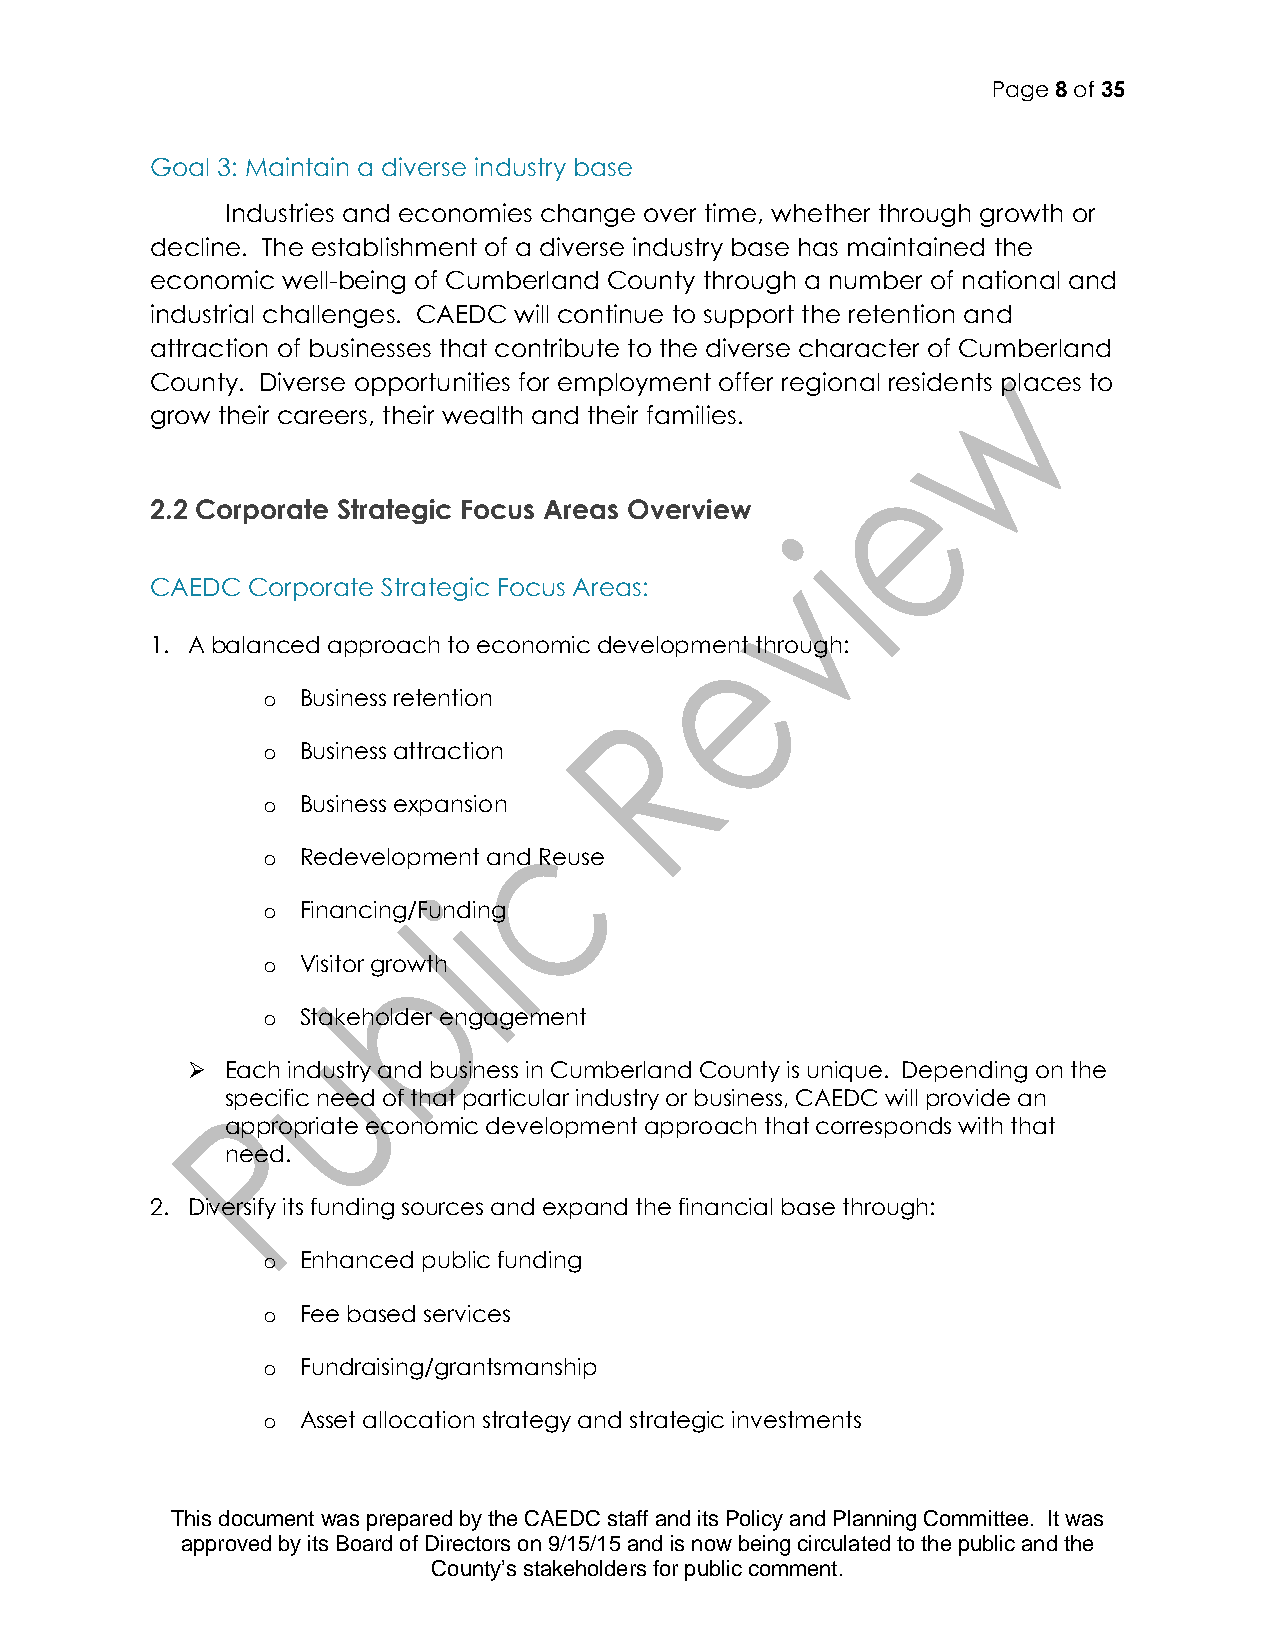
Page 8 of 35
 Goal 3: Maintain a diverse industry base
 Industries and economies change over time, whether through growth or
 decline. The establishment of a diverse industry base has maintained the
 economic well-being of Cumberland County through a number of national and
 industrial challenges. CAEDC will continue to support the retention and
 attraction of businesses that contribute to the diverse character of Cumberland
 County. Diverse opportunities for employment offer regional residents places to
 grow their careers, their wealth and their families.
 2.2 Corporate Strategic Focus Areas Overview
 CAEDC Corporate Strategic Focus Areas:
 1. A balanced approach to economic development through:
 o  Business retention
 o  Business attraction
 o  Business expansion
 o  Redevelopment and Reuse
 o  Financing/Funding
 o  Visitor growth
 o  Stakeholder engagement
   Each industry and business in Cumberland County is unique. Depending on the
 specific need of that particular industry or business, CAEDC will provide an
 appropriate economic development approach that corresponds with that
 need.
 2. Diversify its funding sources and expand the financial base through:
 o  Enhanced public funding
 o  Fee based services
 o  Fundraising/grantsmanship
 o  Asset allocation strategy and strategic investments
 This document was prepared by the CAEDC staff and its Policy and Planning Committee. It was
 approved by its Board of Directors on 9/15/15 and is now being circulated to the public and the
 County’s stakeholders for public comment.